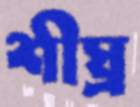
শীঘ্র